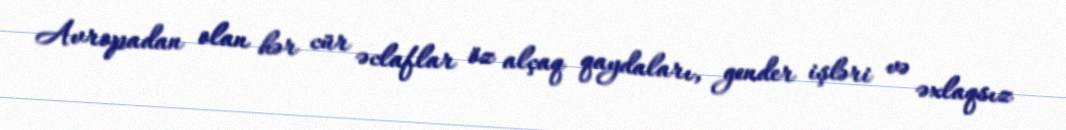
Avropadan olan hər cür əclaflar öz alçaq qaydaları, gender işləri və əxlaqsız